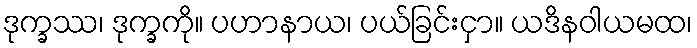
ဒုက္ခဿ၊ ဒုက္ခကို။ ပဟာနာယ၊ ပယ်ခြင်းငှာ။ ယဒိနဝါယမထ၊